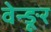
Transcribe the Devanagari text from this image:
वेन्ङूर